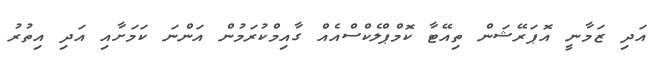
އަދި ޒަމާނީ އޮޕަރޭޝަން ތިއޭޓާ ކޮމްޕްލެކްސްއެއް ގާއިމްކުރަމުން އަންނަ ކަމަށާއި އަދި އިތުރު